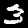
Label: 3